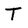
Character: T